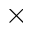
\times